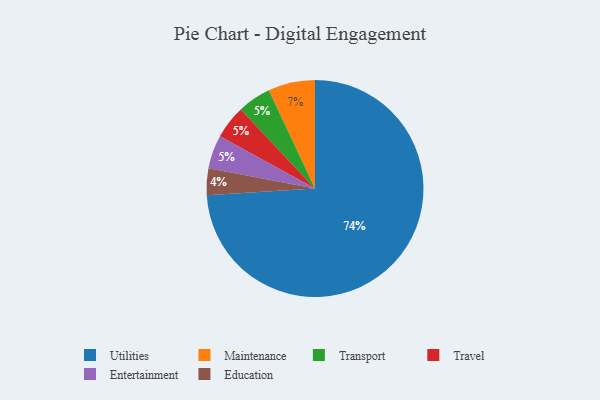
{"axis": {"x": "Category", "y": "Percentage"}, "legend": ["Education", "Entertainment", "Maintenance", "Transport", "Travel", "Utilities"], "data": [{"x": "Transport", "y": 5, "type": "Transport"}, {"x": "Utilities", "y": 74, "type": "Utilities"}, {"x": "Travel", "y": 5, "type": "Travel"}, {"x": "Education", "y": 4, "type": "Education"}, {"x": "Entertainment", "y": 5, "type": "Entertainment"}, {"x": "Maintenance", "y": 7, "type": "Maintenance"}]}